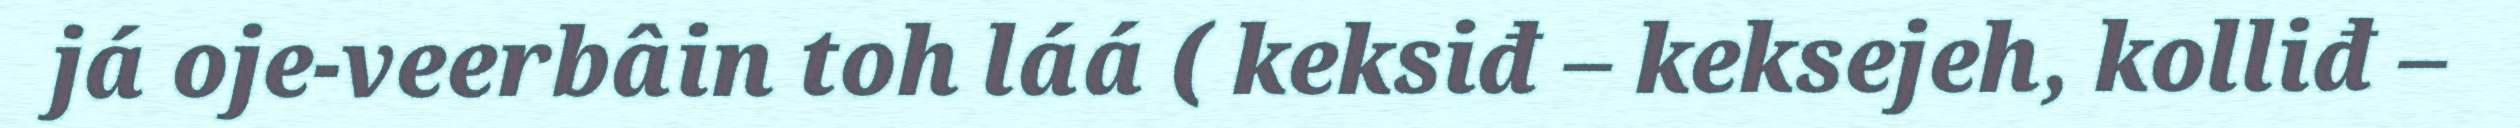
já oje-veerbâin toh láá ( keksiđ – keksejeh, kolliđ –